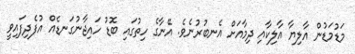
މަޑުމަޑުން އާލިޔާ އާލިކާއި ދިމާއަށް އެނބުރުނެވެ. އޭނާގެ ހިތުގައި ބޮޑު ހައިޖާނުގަނޑެއް އުފެދިފައިވީ